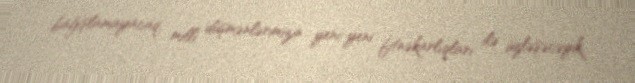
bağışlamayacaq, milli düşmənlərimizin yeni-yeni fitnəkarlıqları ilə üzləşəcəyik.